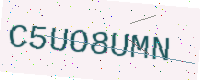
Text: C5UO8UMN